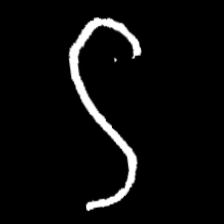
Pyu character \u2014 Myanmar letter: ဌ (romanized: ttha)